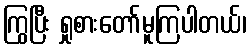
ကြွပြီး ရှုစားတော်မူကြပါတယ်၊